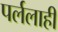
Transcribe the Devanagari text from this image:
पर्ललाही